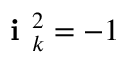
\textbf { i } _ { k } ^ { 2 } = - 1